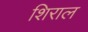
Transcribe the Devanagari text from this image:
शिराल